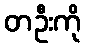
တဦးကို